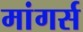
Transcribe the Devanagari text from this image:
मांगर्स